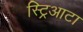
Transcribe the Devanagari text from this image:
स्ट्रिआटा